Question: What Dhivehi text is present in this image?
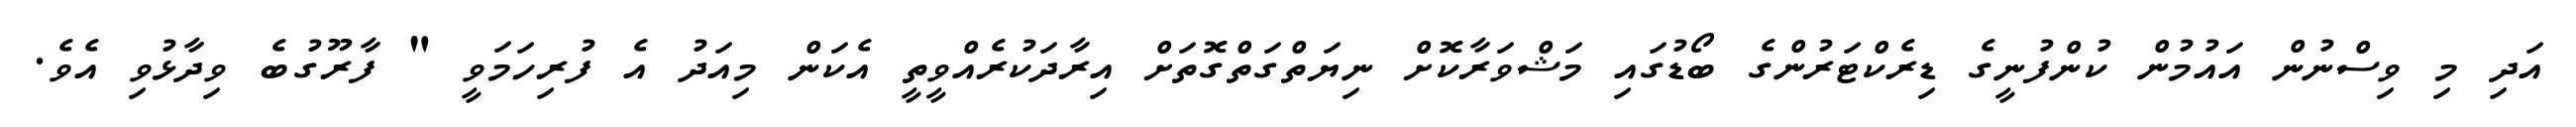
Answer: އަދި މި ވިސްނުން އައުމުން ކުންފުނީގެ ޑިރެކްޓަރުންގެ ބޯޑުގައި މަޝްވަރާކޮށް ނިޔަތްގަތްގޮތަށް އިރާދަކުރެއްވީތީ އެކަން މިއަދު އެ ފުރިހަމަވީ " ފާރޫގުބެ ވިދާޅުވި އެވެ.